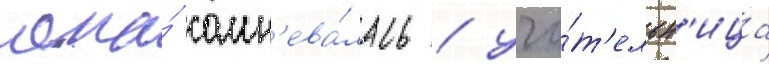
она́ сомн'ева́лась / учи́т'ельн'ица